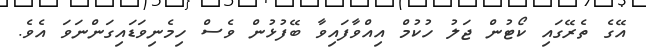
އޭގެ ތެރޭގައި ކޯޓުން ޖަލު ހުކުމް އިއްވާފައިވާ ބޭފުޅުން ވެސް ހިމެނިވަޑައިގަންނަވަ އެވެ.